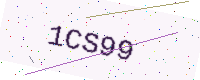
Text: 1CS99